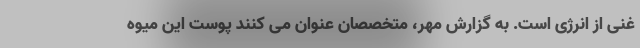
غنی از انرژی است. به گزارش مهر، متخصصان عنوان می کنند پوست این میوه